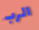
الرب